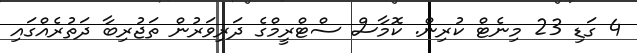
4 ގަޑި 23 މިނެޓް ކުރިން. ކޮމާސް ސްޓްރީމްގެ ދަރިވަރުން ތަޖުރިބާ ދަތުރެއްގައި